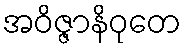
အဝိဇ္ဇာနိဝုတေ